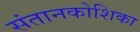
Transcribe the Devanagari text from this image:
संतानकोशिका